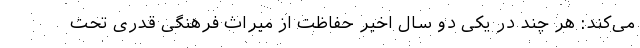
می‌کند: هر چند در یکی دو سال اخیر حفاظت از میراث فرهنگی قدری تحت